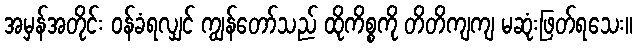
အမှန်အတိုင်း ဝန်ခံရလျှင် ကျွန်တော်သည် ထိုကိစ္စကို တိတိကျကျ မဆုံးဖြတ်ရသေး။